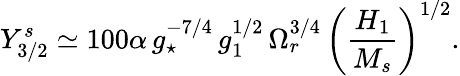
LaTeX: Y_{3/2}^{s}\simeq 100\alpha\, g_{\star}^{-7/4}\, g_{1}^{1/2}\, \Omega_{r}^{3/4}\, \left(\frac{H_{1}}{M_{s}}\right)^{1/2}.